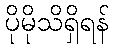
ပိုမိုသိရှိရန်